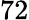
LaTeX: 72